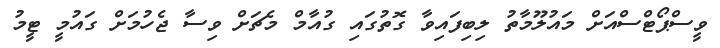
ވީސްޕޯޓްސްއަށް މައުލޫމާތު ލިބިފައިވާ ގޮތުގައި ގުއާމް މެޗަށް ވިސާ ޖެހުމަށް ގައުމީ ޓީމު